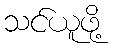
သင်ယူဖို့